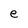
Character: e